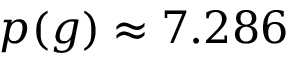
p ( g ) \approx 7 . 2 8 6